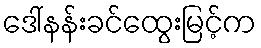
ဒေါ်နန်းခင်ထွေးမြင့်က